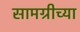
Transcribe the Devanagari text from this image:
सामग्रीच्या